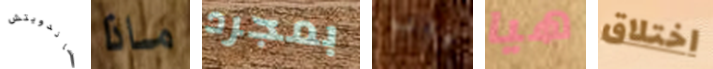
ساندويتش ماذا بمجرد يجب هيا اختلاق